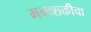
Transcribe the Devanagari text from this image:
मनःशक्तीचा